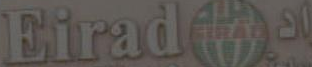
Eirada